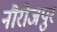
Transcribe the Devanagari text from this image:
नौरोजपुर